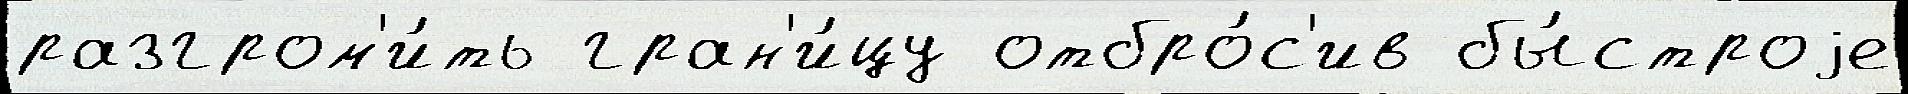
разгром'и́ть гран'и́цу отбро́с'ив бы́строjе